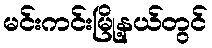
မင်းကင်းမြို့နယ်တွင်